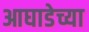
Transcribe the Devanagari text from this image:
आघाडेच्या